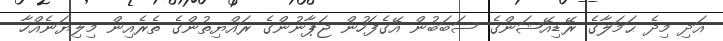
އަދި މިދެ ޙަމަލާގެ ރޭޑިއޭޝަންގެ ސަބަބުން އޭގެފަހުން ޖަޕާނުންގެ ރައްޔިތުންގެ ތެރެއިން މިލިޔަނެއްހާ